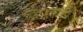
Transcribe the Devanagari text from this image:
नेव्हाडामधील